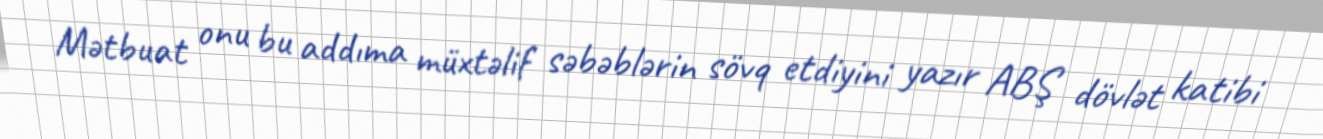
Mətbuat onu bu addıma müxtəlif səbəblərin sövq etdiyini yazır ABŞ dövlət katibi